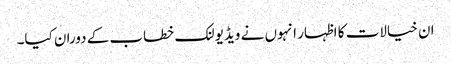
ان خیالات کا اظہار انہوں نے ویڈیو لنک خطاب کے دوران کیا۔